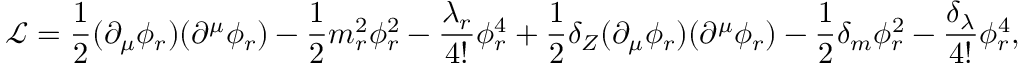
{ \mathcal { L } } = { \frac { 1 } { 2 } } ( \partial _ { \mu } \phi _ { r } ) ( \partial ^ { \mu } \phi _ { r } ) - { \frac { 1 } { 2 } } m _ { r } ^ { 2 } \phi _ { r } ^ { 2 } - { \frac { \lambda _ { r } } { 4 ! } } \phi _ { r } ^ { 4 } + { \frac { 1 } { 2 } } \delta _ { Z } ( \partial _ { \mu } \phi _ { r } ) ( \partial ^ { \mu } \phi _ { r } ) - { \frac { 1 } { 2 } } \delta _ { m } \phi _ { r } ^ { 2 } - { \frac { \delta _ { \lambda } } { 4 ! } } \phi _ { r } ^ { 4 } ,